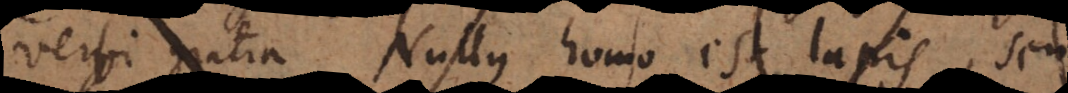
verbi gratia Nullus homo est lapis,